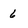
Character: 6